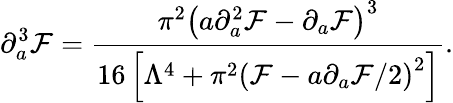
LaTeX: \partial_{a}^{3}{\cal F}={\frac{\pi^{2}\left(a\partial_{a}^{2}{\cal F}-\partial_{a}{\cal F}\right)^{3}}{16\left[{\Lambda^{4}}+\pi^{2}\left({\cal F}-{a}\partial_{a}{\cal F}/2\right)^{2}\right]}}.